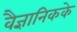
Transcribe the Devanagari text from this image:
वैज्ञानिकके